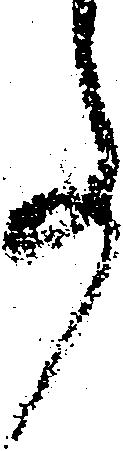
事